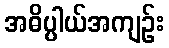
အဓိပ္ပါယ်အကျဉ်း